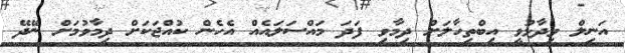
އަނިލް ވިދާޅުވީ އިބްތިހާލަށް ދިމާވި ފަދަ މައްސަލައެއް އެހެން ކުއްޖަކަށް ދިމާވުމަށް ނޭދޭ